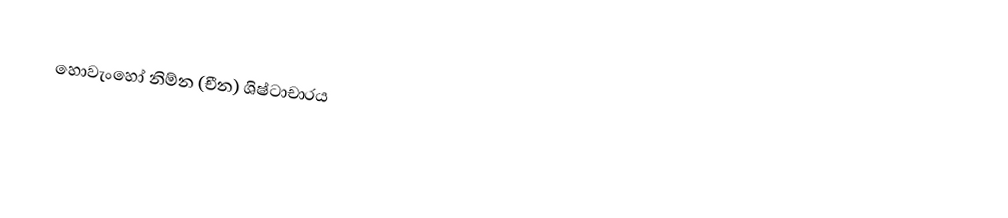
හොවැංහෝ නිම්න (චීන) ශිෂ්ටාචාරය